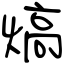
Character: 熇